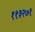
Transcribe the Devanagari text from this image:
११३२७१